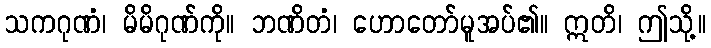
သကဂုဏံ၊ မိမိဂုဏ်ကို။ ဘဏိတံ၊ ဟောတော်မူအပ်၏။ ဣတိ၊ ဤသို့။